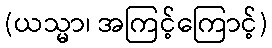
(ယသ္မာ၊ အကြင့်ကြောင့်)